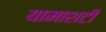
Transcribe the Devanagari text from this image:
यामाशटी